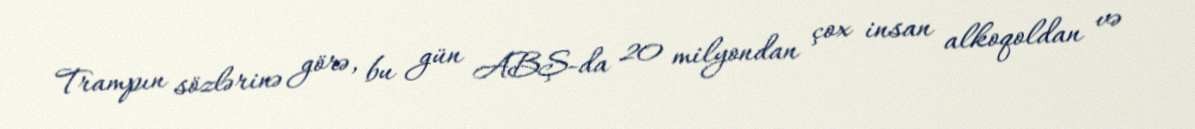
Trampın sözlərinə görə, bu gün ABŞ-da 20 milyondan çox insan alkoqoldan və